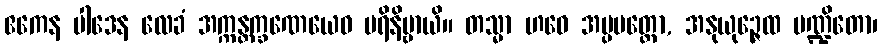
ဧကေန ပါဒေန လေခံ အက္ကန္တက္ခဏေယေဝ ပရိနိဗ္ဗာယိ။ တသ္မာ ဟဝေ အပ္ပမတ္တော, အနုယုဉ္ဇေထ ပဏ္ဍိတော၊